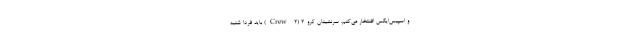
و اسپیس‌ایکس افنتخار می‌کنم. سرنشینان کرو-2 (Crew-2) باید فردا شنبه